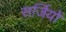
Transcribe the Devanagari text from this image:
सर्जियों